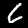
Digit: 6